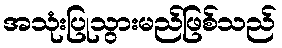
အသုံးပြုသွားမည်ဖြစ်သည်